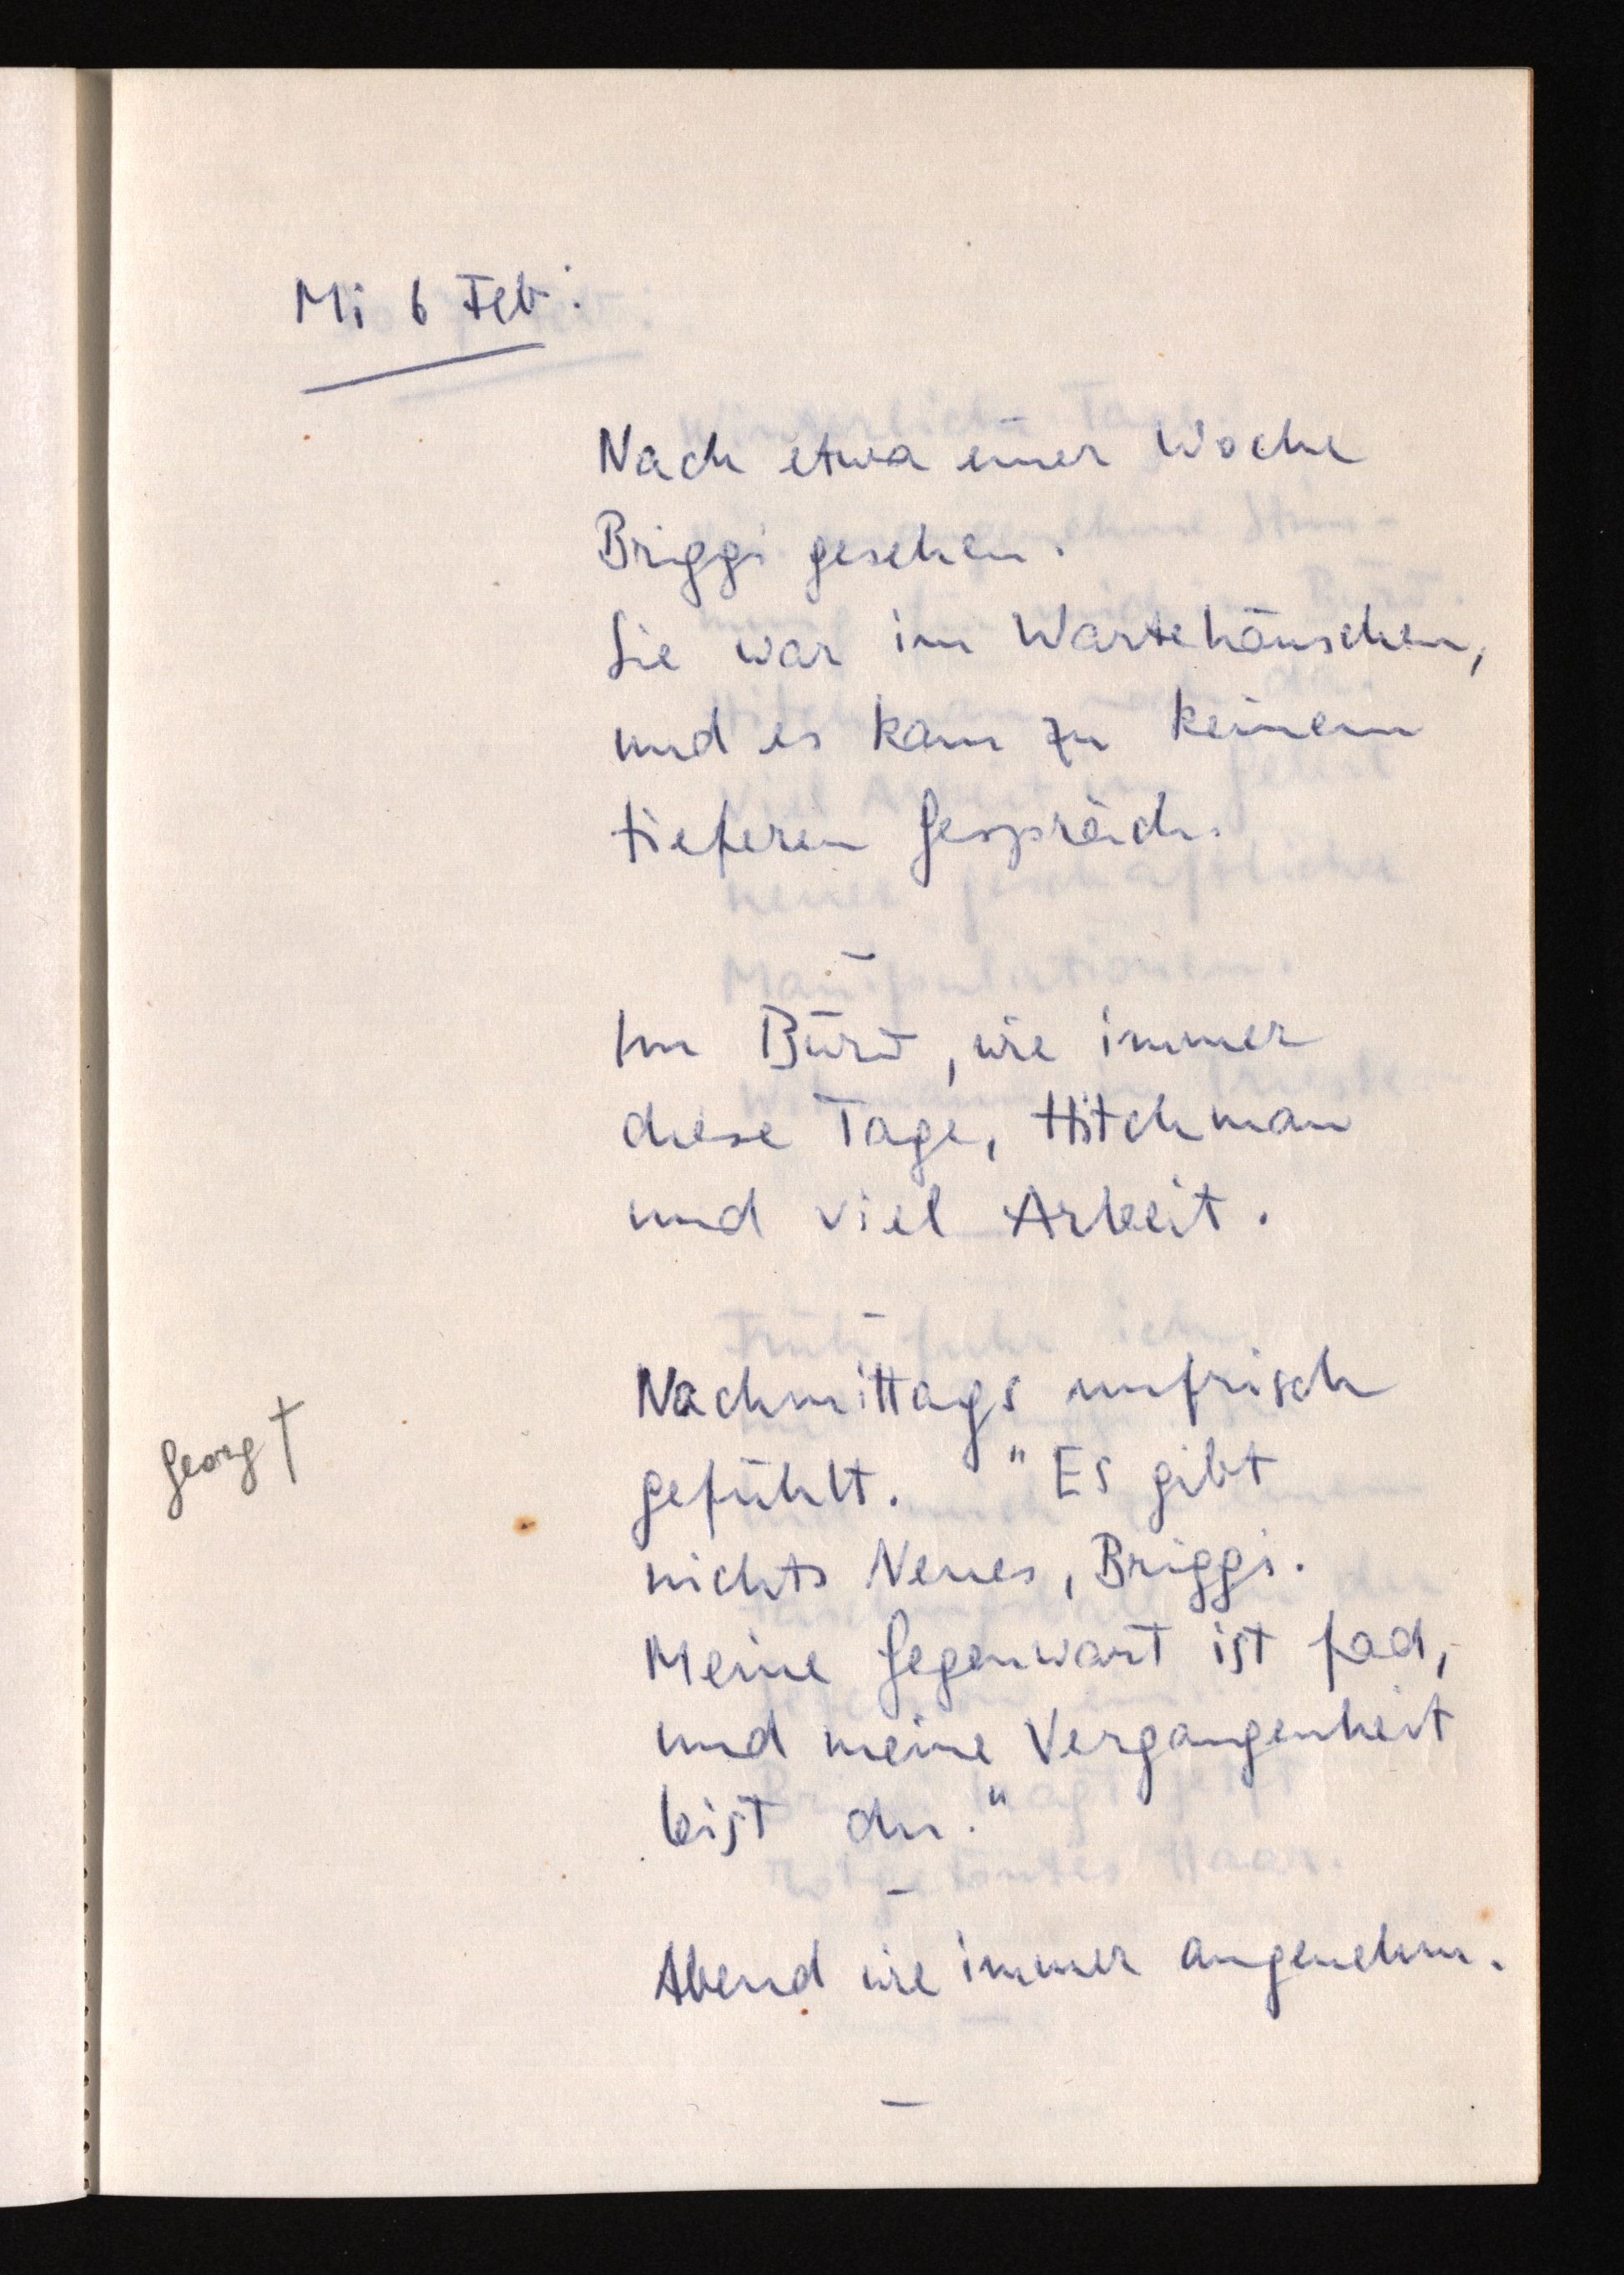
Mi 6 Feb:
Nach etwa einer Woche
Briggi gesehen.
Sie war im Wartehäuschen,
und es kam zu keinem
tieferen Gespräch.
Im Büro, wie immer
diese Tage, Hitchman
und viel Arbeit.
Nachmittags unfrisch
gefühlt. "Es gibt
nichts Neues, Briggi.
Meine Gegenwart ist fad,
und meine Vergangenheit
bist du."
Abend wie immer angenehm.

Georg †